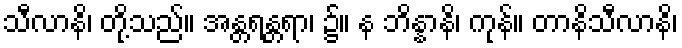
သီလာနိ၊ တို့သည်။ အန္တရန္တရာ၊ ၌။ န ဘိန္နာနိ၊ ကုန်။ တာနိသီလာနိ၊